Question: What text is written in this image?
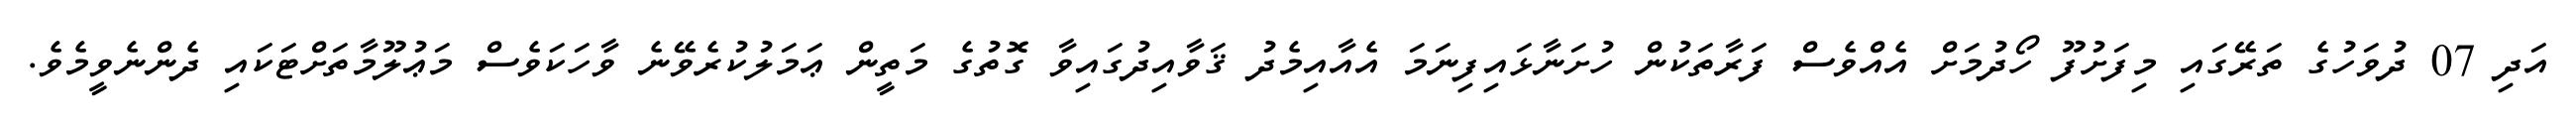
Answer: އަދި 07 ދުވަހުގެ ތަރޭގައި މިފަށުފޫ ހޯދުމަށް އެއްވެސް ފަރާތަކުން ހުށަނާޅައިފިނަމަ އެއާއިމެދު ޤަވާއިދުގައިވާ ގޮތުގެ މަތީން ޢަމަލުކުރެވޭނެ ވާހަކަވެސް މަޢުލޫމާތަށްޓަކައި ދެންނެވީމެވެ.